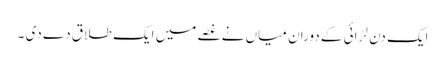
ایک دن لڑائی کے دوران میاں نے غصے میں ایک طلاق دے دی ۔